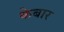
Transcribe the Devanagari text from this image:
केबार